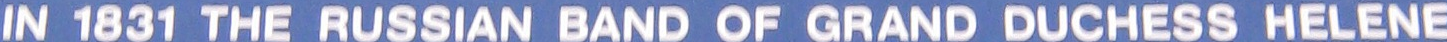
IN 1831 THE RUSSIAN BAND OF GRAND DUCHESS HELENE